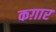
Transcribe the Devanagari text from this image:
कग़ार